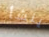
ينشأ